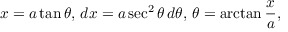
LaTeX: x = a \tan \theta , \, d x = a \sec ^ { 2 } \theta \, d \theta , \, \theta = \arctan { \frac { x } { a } } ,